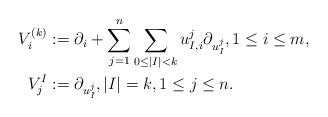
LaTeX: \begin{align*}V_{i}^{(k)}&:=\partial_i+\sum_{j=1}^n \sum_{0\leq \left|I\right|<k}u_{I,i}^j\partial_{u^j_I},1\leq i\leq m, \\V_{j}^{I}&:=\partial_{u^j_I},\left|I\right|=k,1\leq j \leq n.\end{align*}